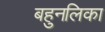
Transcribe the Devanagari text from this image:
बहुनलिका